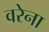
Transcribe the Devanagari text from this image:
वरेना